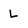
Character: L